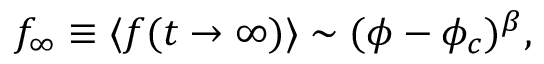
f _ { \infty } \equiv \langle f ( t \to \infty ) \rangle \sim ( \phi - \phi _ { c } ) ^ { \beta } ,